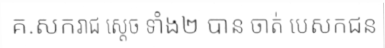
គ.សករាជ ស្តេច ទាំង២ បាន ចាត់ បេសកជន